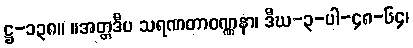
ဋ္ဌ-၁၃၈။ ။အတ္တဒီပ သရဏတာဝဏ္ဏနာ၊ ဒီဃ-၃-ပါ-၄၈-၆၄၊